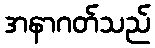
အနာဂတ်သည်